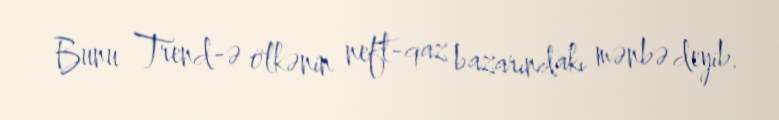
Bunu Trend-ə ölkənin neft-qaz bazarındakı mənbə deyib.